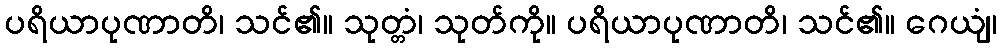
ပရိယာပုဏာတိ၊ သင်၏။ သုတ္တံ၊ သုတ်ကို။ ပရိယာပုဏာတိ၊ သင်၏။ ဂေယျံ၊